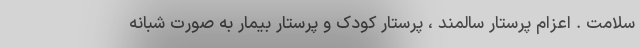
سلامت . اعزام پرستار سالمند ، پرستار کودک و پرستار بیمار به صورت شبانه